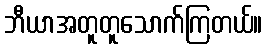
ဘီယာအတူတူသောက်ကြတယ်။